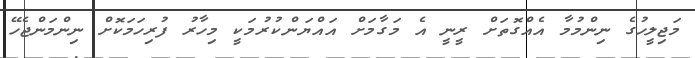
މަޖިލީހުގެ ނިންމުމާ އެއްގޮތަށް ރީނީ އެ މަގާމަށް އައްޔަންކުރުމަކީ މިހާރު ފުރިހަމަކޮށް ނިންމަންޖެހޭ